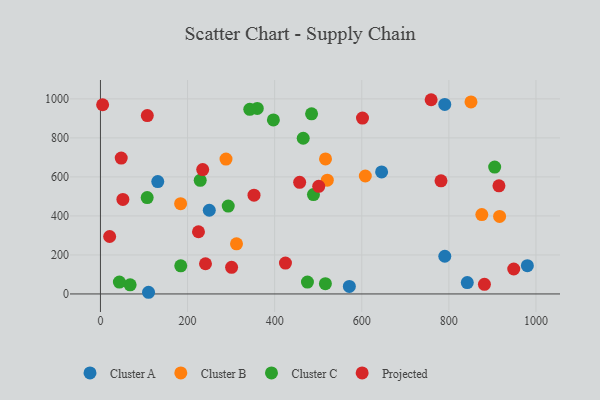
{"axis": {"x": "Ad Spend", "y": "Exam Score"}, "legend": ["Cluster A", "Cluster B", "Cluster C", "Projected"], "data": [{"x": "131.6", "y": 576.0, "type": "Cluster A"}, {"x": "110.4", "y": 8.6, "type": "Cluster A"}, {"x": "790.7", "y": 193.4, "type": "Cluster A"}, {"x": "790.6", "y": 971.7, "type": "Cluster A"}, {"x": "980.3", "y": 144.8, "type": "Cluster A"}, {"x": "842.3", "y": 58.5, "type": "Cluster A"}, {"x": "645.6", "y": 625.8, "type": "Cluster A"}, {"x": "249.9", "y": 429.1, "type": "Cluster A"}, {"x": "571.5", "y": 38.7, "type": "Cluster A"}, {"x": "608.2", "y": 604.8, "type": "Cluster B"}, {"x": "312.4", "y": 257.1, "type": "Cluster B"}, {"x": "516.8", "y": 692.1, "type": "Cluster B"}, {"x": "520.9", "y": 583.4, "type": "Cluster B"}, {"x": "288.3", "y": 691.6, "type": "Cluster B"}, {"x": "916.5", "y": 397.6, "type": "Cluster B"}, {"x": "875.7", "y": 406.7, "type": "Cluster B"}, {"x": "850.8", "y": 984.5, "type": "Cluster B"}, {"x": "184.1", "y": 462.6, "type": "Cluster B"}, {"x": "489.1", "y": 509.6, "type": "Cluster C"}, {"x": "516.5", "y": 52.5, "type": "Cluster C"}, {"x": "397.1", "y": 891.9, "type": "Cluster C"}, {"x": "68.2", "y": 47.0, "type": "Cluster C"}, {"x": "465.6", "y": 798.2, "type": "Cluster C"}, {"x": "360.1", "y": 951.3, "type": "Cluster C"}, {"x": "184.4", "y": 144.3, "type": "Cluster C"}, {"x": "905.2", "y": 650.6, "type": "Cluster C"}, {"x": "475.3", "y": 60.9, "type": "Cluster C"}, {"x": "342.9", "y": 946.4, "type": "Cluster C"}, {"x": "43.5", "y": 61.1, "type": "Cluster C"}, {"x": "293.4", "y": 450.7, "type": "Cluster C"}, {"x": "107.3", "y": 494.1, "type": "Cluster C"}, {"x": "229.1", "y": 582.7, "type": "Cluster C"}, {"x": "484.8", "y": 923.2, "type": "Cluster C"}, {"x": "501.2", "y": 551.5, "type": "Projected"}, {"x": "225.1", "y": 318.8, "type": "Projected"}, {"x": "949.0", "y": 128.0, "type": "Projected"}, {"x": "782.0", "y": 579.9, "type": "Projected"}, {"x": "51.5", "y": 484.6, "type": "Projected"}, {"x": "5.0", "y": 970.0, "type": "Projected"}, {"x": "241.2", "y": 154.8, "type": "Projected"}, {"x": "21.1", "y": 294.6, "type": "Projected"}, {"x": "352.6", "y": 506.5, "type": "Projected"}, {"x": "759.3", "y": 995.7, "type": "Projected"}, {"x": "915.0", "y": 554.4, "type": "Projected"}, {"x": "107.6", "y": 914.3, "type": "Projected"}, {"x": "424.8", "y": 158.3, "type": "Projected"}, {"x": "47.7", "y": 696.8, "type": "Projected"}, {"x": "601.7", "y": 901.4, "type": "Projected"}, {"x": "457.4", "y": 572.4, "type": "Projected"}, {"x": "881.7", "y": 49.5, "type": "Projected"}, {"x": "301.1", "y": 136.6, "type": "Projected"}, {"x": "234.8", "y": 637.8, "type": "Projected"}]}